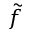
\tilde { f }